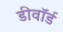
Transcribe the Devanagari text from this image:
डीवॉर्ड